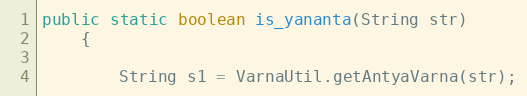
Language: Java
public static boolean is_yananta(String str)
    {

        String s1 = VarnaUtil.getAntyaVarna(str);